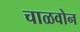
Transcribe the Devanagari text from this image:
चाळवोन